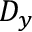
D _ { y }